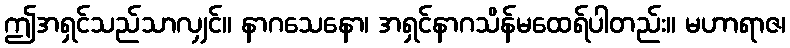
ဤအရှင်သည်သာလျှင်။ နာဂသေနော၊ အရှင်နာဂသိန်မထေရ်ပါတည်း။ မဟာရာဇ၊